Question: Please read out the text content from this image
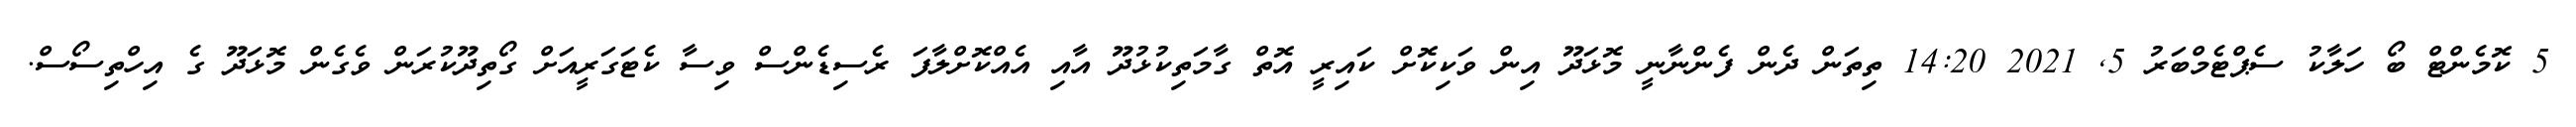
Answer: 5 ކޮމެންޓް ބޯ ހަލާކު ސެޕްޓެމްބަރު 5, 2021 14:20 ތިތަން ދެން ފެންނާނީ މޮޅަދޫ އިން ވަކިކޮށް ކައިރީ އޮތް ގާމަތިކުޅުދޫ އާއި އެއްކޮށްލާފަ ރެސިޑެންސް ވިސާ ކެޓަގަރީއަށް ގޯތިދޫކުރަން ވެގެން މޮޅަދޫ ގެ އިހްތިސޯސް.